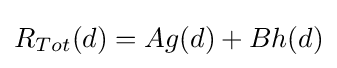
R_{Tot}(d)=Ag(d)+Bh(d)